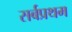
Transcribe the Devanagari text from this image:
सर्बप्रथम